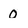
Character: 0